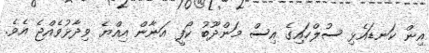
އިން ކަނޑައެޅި ސުލްހައިގެ އިސް މަންދޫބު ކޯފީ އަނާން އިއްޔެ ވިދާޅުވެއްޖެ އެވެ.